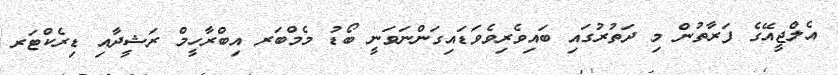
އެލްޖީއޭގެ ފަރާތުން މި ދަތުރުގައި ބައިވެރިވެވަޑައިގަންނަވަނީ ބޯޑު މެމްބަރ އިބްރާހީމް ރަޝީދާއި ޑިރެކްޓަރ